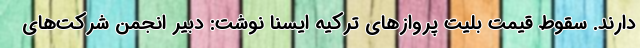
دارند. سقوط قیمت بلیت پروازهای ترکیه ایسنا نوشت: دبیر انجمن شرکت‌های